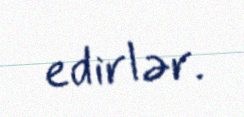
edirlər.